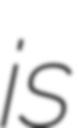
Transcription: is